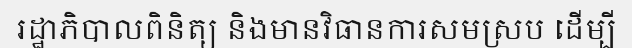
រដ្ឋាភិបាលពិនិត្យ និងមានវិធានការសមស្រប ដើម្បី